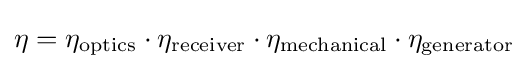
\eta =\eta _{\mathrm {optics} }\cdot \eta _{\mathrm {receiver} }\cdot \eta _{\mathrm {mechanical} }\cdot \eta _{\mathrm {generator} }